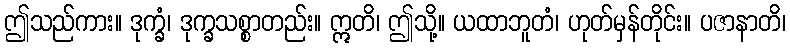
ဤသည်ကား။ ဒုက္ခံ၊ ဒုက္ခသစ္စာတည်း။ ဣတိ၊ ဤသို့။ ယထာဘူတံ၊ ဟုတ်မှန်တိုင်း။ ပဇာနာတိ၊